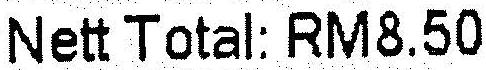
NETT TOTAL: RM8.50